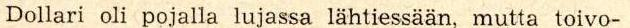
Dollari oli pojalla lujassa lähtiessään, mutta toivo-